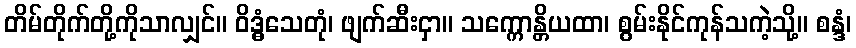
တိမ်တိုက်တို့ကိုသာလျှင်။ ဝိဒ္ဓံသေတုံ၊ ဖျက်ဆီးငှာ။ သက္ကောန္တိယထာ၊ စွမ်းနိုင်ကုန်သကဲ့သို့။ စန္ဒံ၊